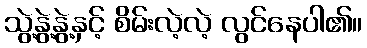
သွဲ့နွဲ့နွဲ့နှင့် စိမ်းလဲ့လဲ့ လွင်နေပါ၏။